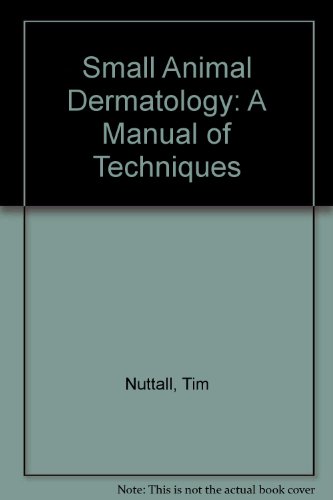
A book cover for Small Animal Dermatology: A Manual of Diagnostic  Techniques; Tim Nuttall; Medical Books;